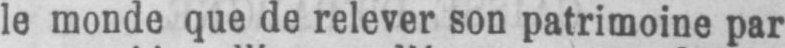
le monde que de relever son patrimoine par